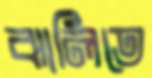
ঝালিতে